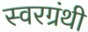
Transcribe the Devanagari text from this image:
स्वरग्रंथी